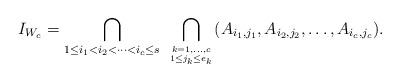
LaTeX: \begin{align*}I_{W_c} = \bigcap_{1 \leq i_1 < i_2 < \dots < i_c \leq s} \ \bigcap_{k = 1,\ldots,c \atop 1 \le j_k \le e_k } ( A_{i_1,j_1} , A_{i_2, j_2} , \dots , A_{i_c, j_c}). \end{align*}